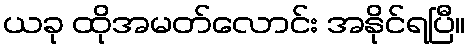
ယခု ထိုအမတ်လောင်း အနိုင်ရပြီ။